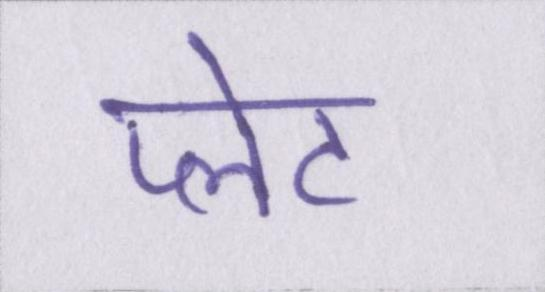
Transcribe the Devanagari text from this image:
प्लेट